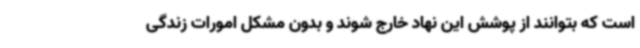
است که بتوانند از پوشش این نهاد خارج شوند و بدون مشکل امورات زندگی